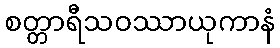
စတ္တာရီသဝဿာယုကာနံ